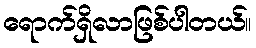
ရောက်ရှိလာဖြစ်ပါတယ်။